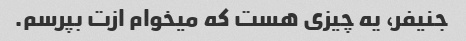
جنیفر، یه چیزی هست که میخوام ازت بپرسم.